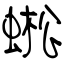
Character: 蜙